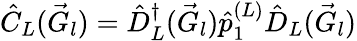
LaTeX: \hat{C}_{L}(\vec{G}_{l})=\hat{D}_{L}^{\dagger}(\vec{G}_{l})\hat{p}_{1}^{(L)}\hat{D}_{L}(\vec{G}_{l})